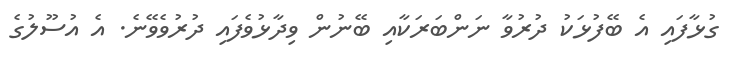
ގުޅާފައި އެ ބޭފުޅަކު ދުރުވާ ނަންބަރަކާއި ބޭނުން ވިދާޅުވެފައި ދުރުވެވޭނެ. އެ އުސޫލުގެ